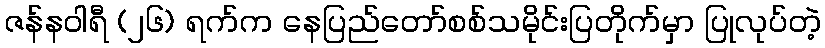
ဇန်နဝါရီ (၂၆) ရက်က နေပြည်တော်စစ်သမိုင်းပြတိုက်မှာ ပြုလုပ်တဲ့